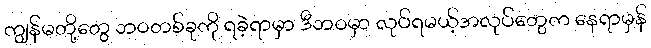
ကျွန်မတို့တွေ ဘဝတစ်ခုကို ရခဲ့ရာမှာ ဒီဘဝမှာ လုပ်ရမယ့်အလုပ်တွေက နေရာမှန်